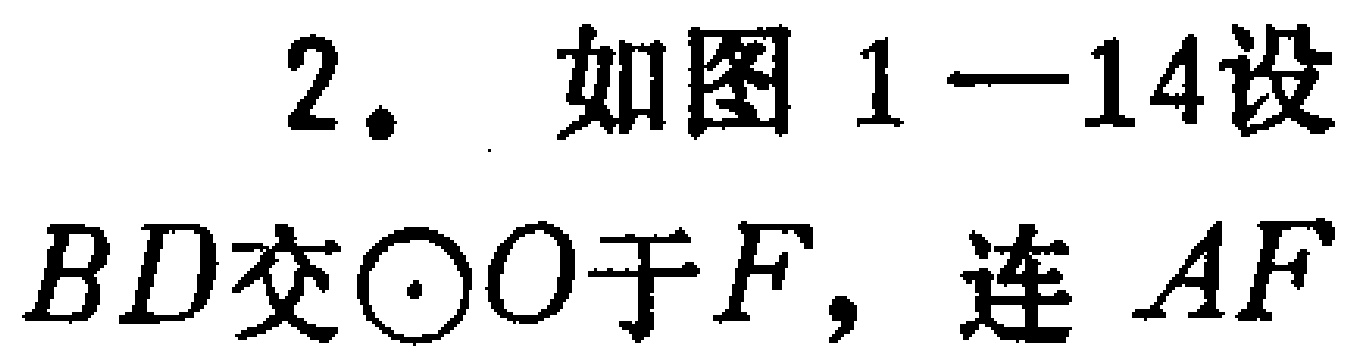
2. 如图1—14设$BD$交$\odot O$于$F$，连$AF$